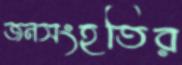
জনসংহতির